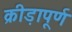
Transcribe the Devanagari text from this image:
क्रीड़ापूर्ण